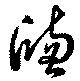
牎